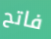
فاتح